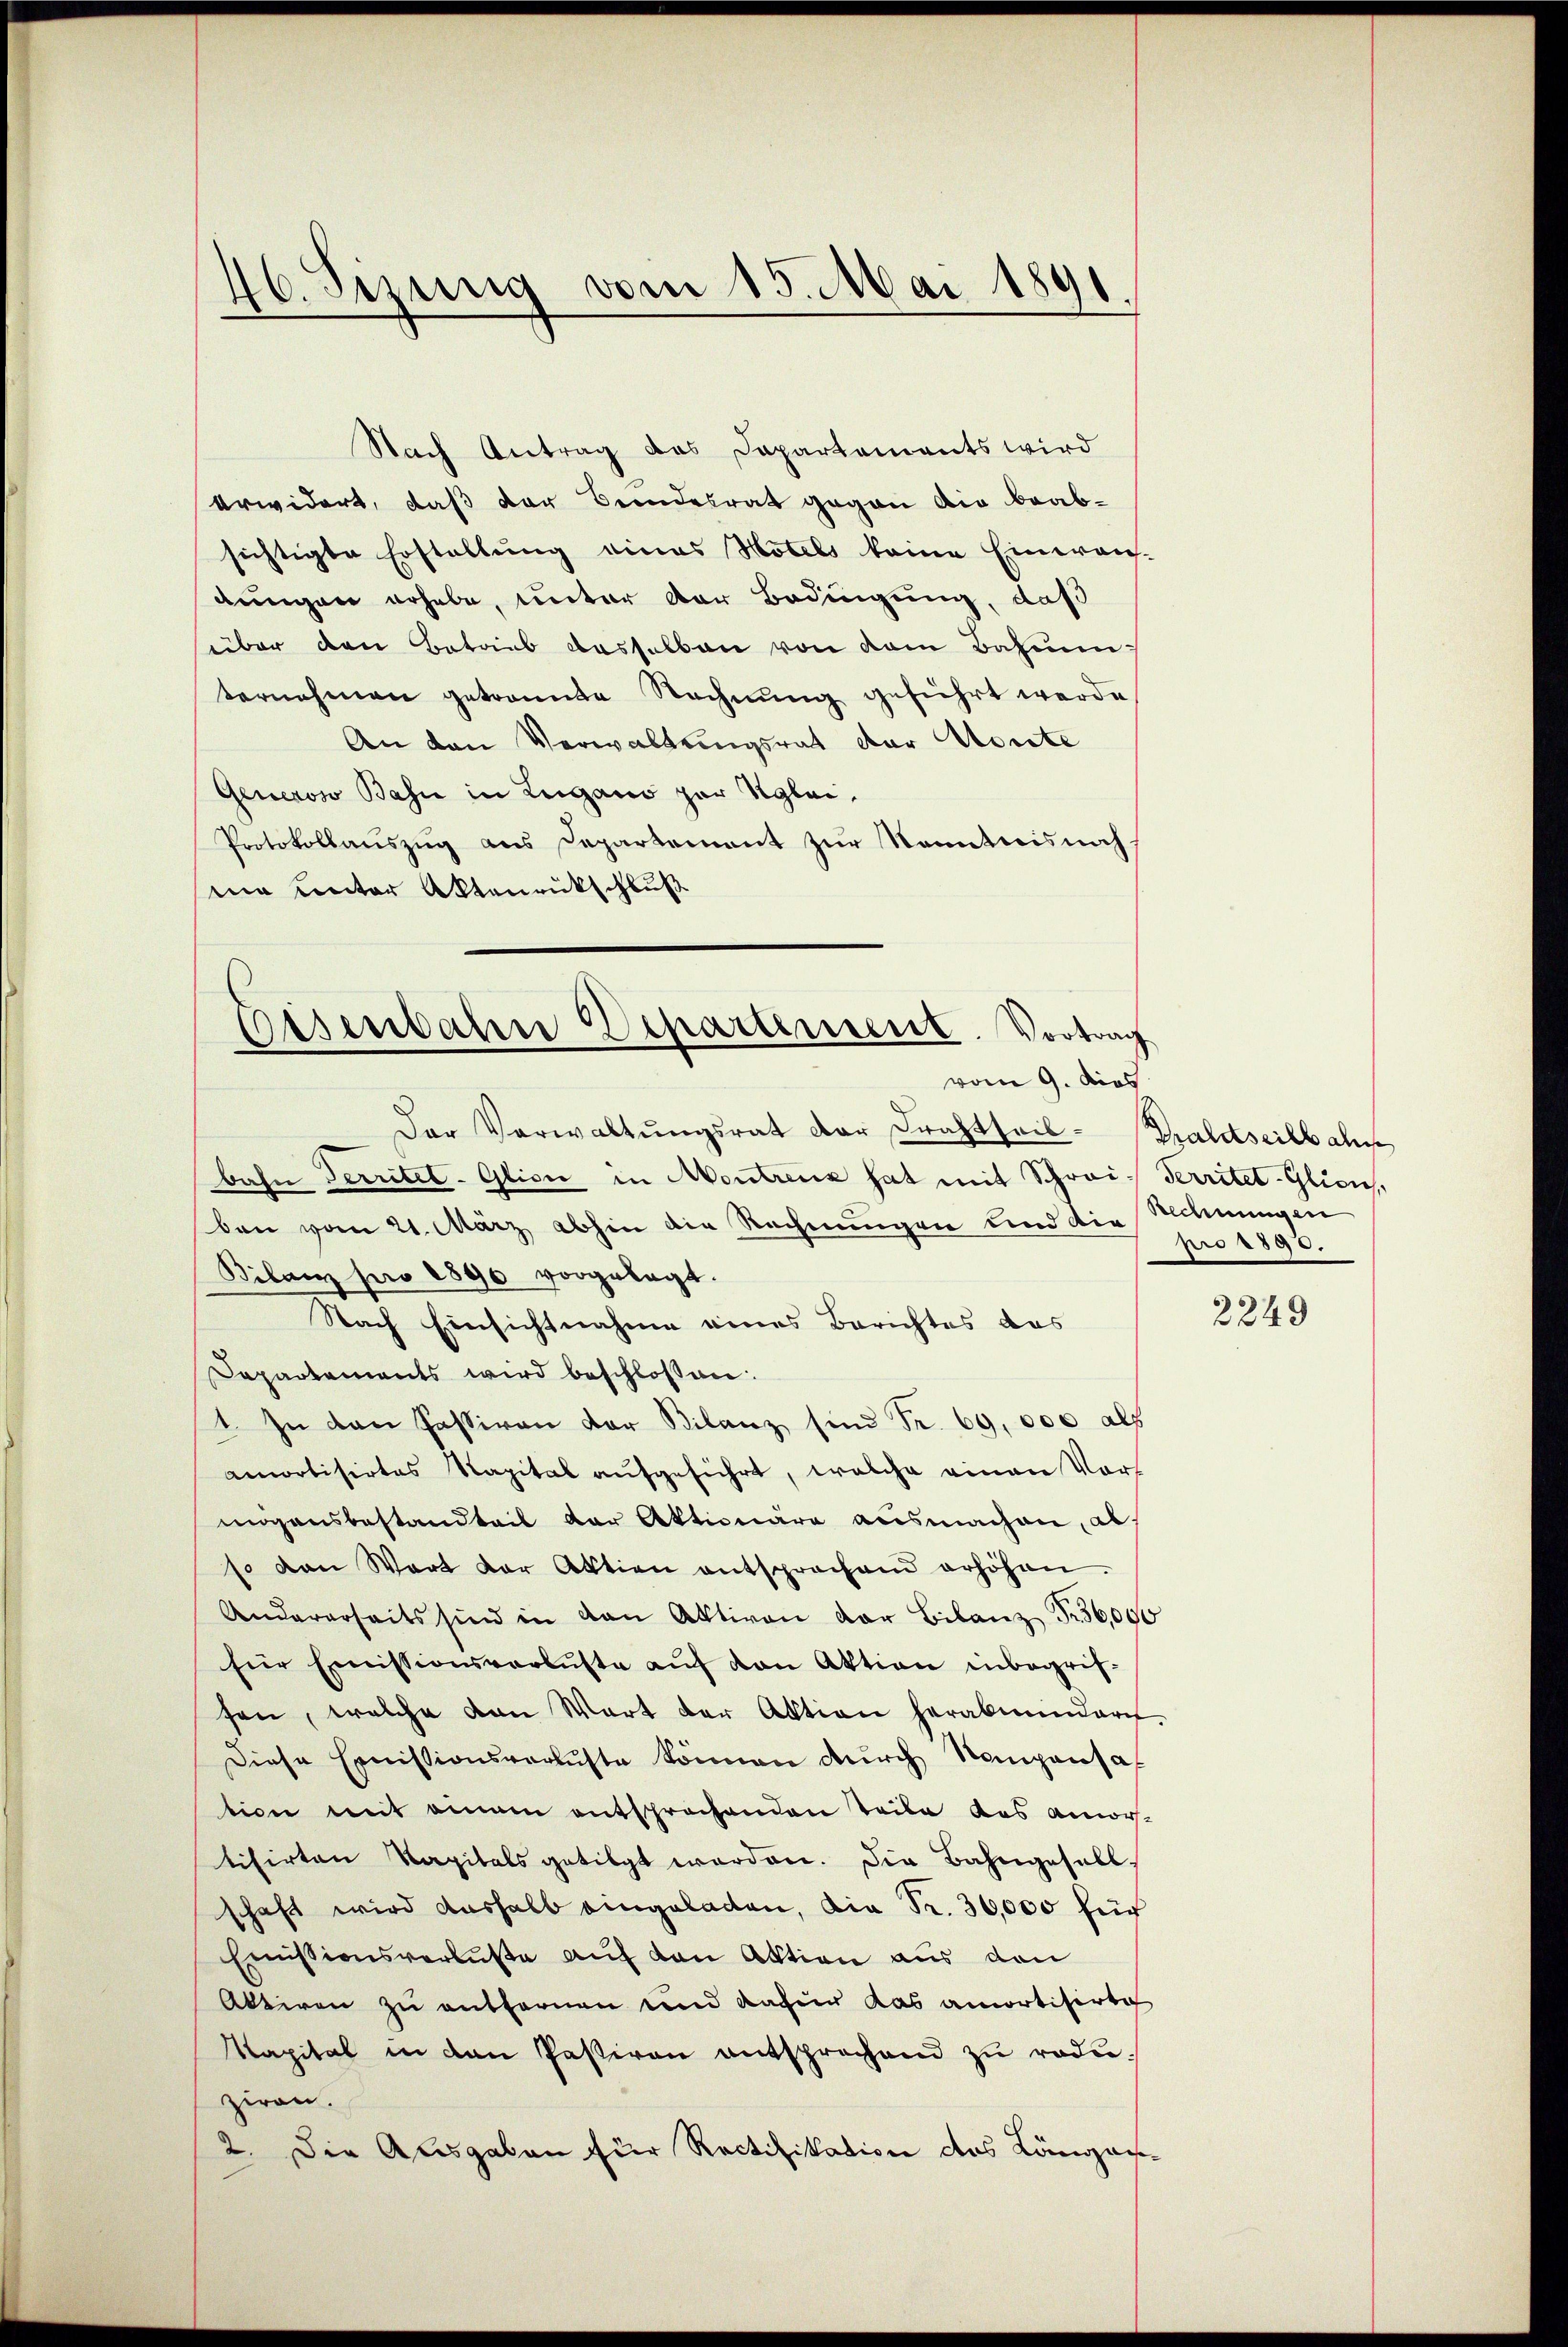
46. Sizung vom 15. Mai 1891

Nach Antrag des Dapartements wird
erwidert, daß der Beendesrat gegen die beabsichtigte Erstellung eines Hotels keine Einerans-
dungen erhebe, unter der Bedingung, daß
über den Betrieb dasselben von dem Bahnunternehmen getrannte Rechnung geführt werde
An den Verwaltungsrat der Monte
Generoso Bahn in Lugano zur Reglei¬
Protokollauszug aus Departement zur Kenntnis noch
sina unter Aktenrückschluß

Eisenbahne Departement. Vortrag
vom 9. dies

Der Verwaltŭngsrat der Frachtheil-Brandseilbahn
bahn Territel-Glici in Montreuz hat mit Schreis Territet-Glion,
ben vom 21. März abhin die Rechnungen und die Wohnungen
Bilanz pro 1890 vorgelegt.
Nach Einsichtnahme eines Berichtes das
Departements wird beschlossen:
1. In den Passiven der Bilanz sind Fr. 69,000 als
amortisirtes Kapital aŭfgeführt, welche einen Vors
mögensbestandteil der Aktionäre ausmachen, al
so von Wort der Aktien entsprochend erhöhen.
Andererseits sind in den Aktiven der Bilanz Fr. 56,000
für Emissionsverluste auf von Aktion inbegrifsen, welche von Wart der Aktion herabminder
Diese Emissionsverluste können durch Rampensaf
tion mit einem entsprochenden Teile das Amor-
tisirten Kapitals getilgt werden. Die Bahngesell
schaft wird aushalb eingeladen, die Fr. 30,000 für
Emissionsverluste auf den Aktion aus den
Aktiven zu entfernen und dafür das amortisirte
Kapital in den Pastiren entsprechend zu reduziren.
2. Die Ausgaben für Rectifikation das Längass¬

pro 1890.

2249